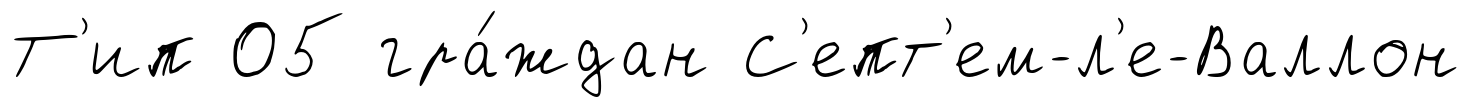
Т'ип 05 гра́ждан С'епт'ем-л'е-Валлон